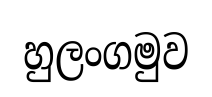
හුලංගමුව